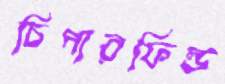
চিপারফিল্ড